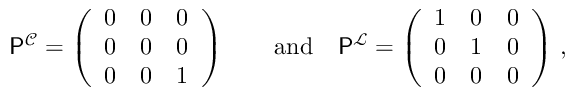
\begin{array} { r } { \mathsf { P } ^ { \mathcal { C } } = \left( \begin{array} { l l l } { 0 } & { 0 } & { 0 } \\ { 0 } & { 0 } & { 0 } \\ { 0 } & { 0 } & { 1 } \end{array} \right) \qquad \mathrm { a n d } \quad \mathsf { P } ^ { \mathcal { L } } = \left( \begin{array} { l l l } { 1 } & { 0 } & { 0 } \\ { 0 } & { 1 } & { 0 } \\ { 0 } & { 0 } & { 0 } \end{array} \right) \, , } \end{array}